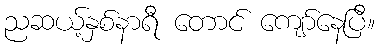
ညဆယ့်နှစ်နာရီ တောင် ကျော်နေပြီ။